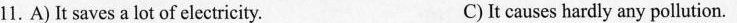
11. A)It saves a lot of electricity. C)It causes hardly any pollution.